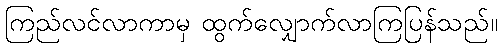
ကြည်လင်လာကာမှ ထွက်လျှောက်လာကြပြန်သည်။